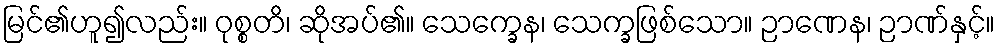
မြင်၏ဟူ၍လည်း။ ဝုစ္စတိ၊ ဆိုအပ်၏။ သေက္ခေန၊ သေက္ခဖြစ်သော။ ဉာဏေန၊ ဉာဏ်နှင့်။